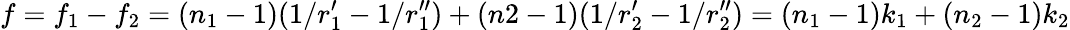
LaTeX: f=f_{1}-f_{2}=(n_{1}-1)(1/r_{1}^{\prime}-1/r_{1}^{\prime\prime})+(n2-1)(1/r_{2}^{\prime}-1/r_{2}^{\prime\prime})=(n_{1}-1)k_{1}+(n_{2}-1)k_{2}